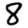
Digit: 8